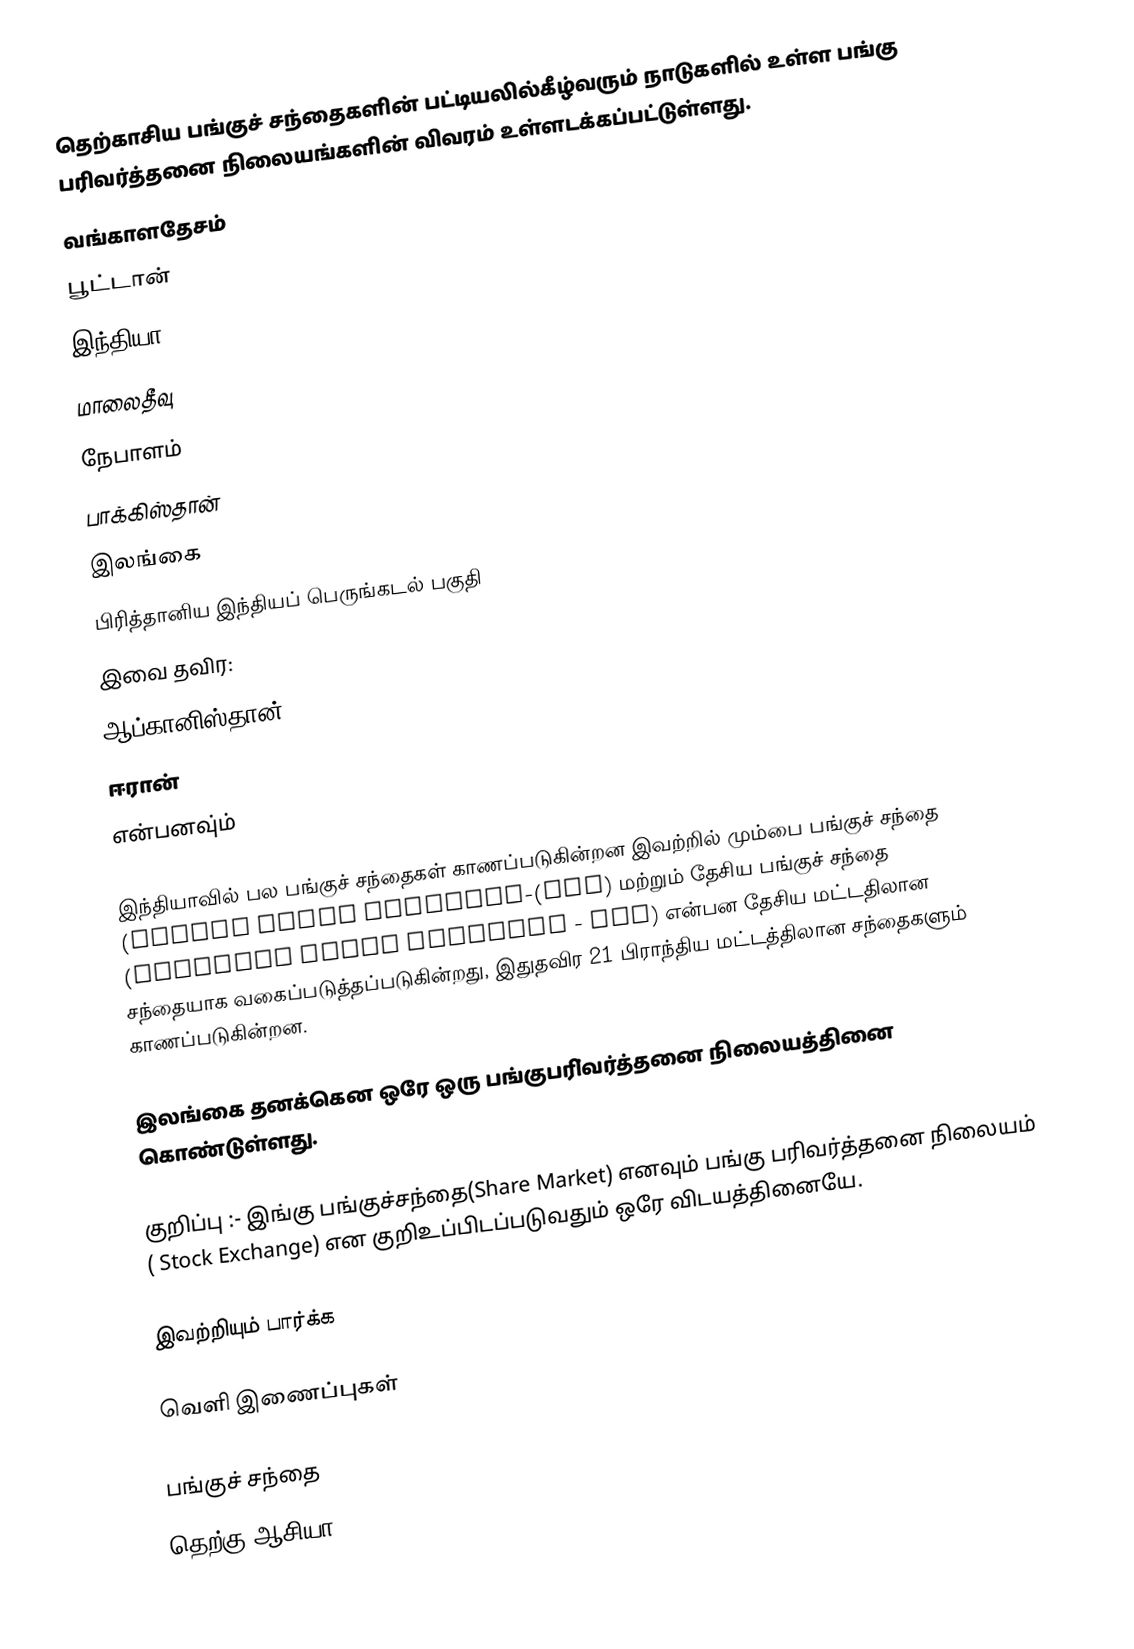
தெற்காசிய பங்குச் சந்தைகளின் பட்டியலில்கீழ்வரும் நாடுகளில் உள்ள பங்கு பரிவர்த்தனை நிலையங்களின் விவரம் உள்ளடக்கப்பட்டுள்ளது.
 வங்காளதேசம்
 பூட்டான்
 இந்தியா
 மாலைதீவு
 நேபாளம்
 பாக்கிஸ்தான்
 இலங்கை
 பிரித்தானிய இந்தியப் பெருங்கடல் பகுதி
இவை தவிர:
 ஆப்கானிஸ்தான்
 ஈரான்
என்பனவு்ம்

இந்தியாவில் பல பங்குச் சந்தைகள் காணப்படுகின்றன இவற்றில் மும்பை பங்குச் சந்தை (Bombay Stock Exchange-(BSE) மற்றும் தேசிய பங்குச் சந்தை (National Stock Exchange - NSE) என்பன தேசிய மட்டதிலான சந்தையாக வகைப்படுத்தப்படுகின்றது, இதுதவிர 21 பிராந்திய மட்டத்திலான சந்தைகளும் காணப்படுகின்றன.

இலங்கை தனக்கென ஒரே ஒரு பங்குபரி்வர்த்தனை நிலையத்தினை கொண்டுள்ளது.

குறிப்பு :- இங்கு பங்குச்சந்தை(Share Market) எனவும் பங்கு பரிவர்த்தனை நிலையம் ( Stock Exchange) என குறிஉப்பிடப்படுவதும் ஒரே விடயத்தினையே.

இவற்றியும் பார்க்க

வெளி இணைப்புகள்

பங்குச் சந்தை
தெற்கு ஆசியா